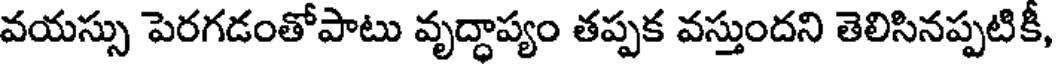
వయస్సు పెరగడంతోపాటు వృద్ధాప్యం తప్పక వస్తుందని తెలిసినప్పటికీ,